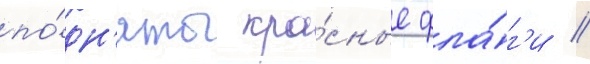
по́дн'яты кра́сные фла́г'и //